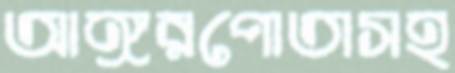
আঙ্গরপোতাসহ